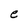
Character: e